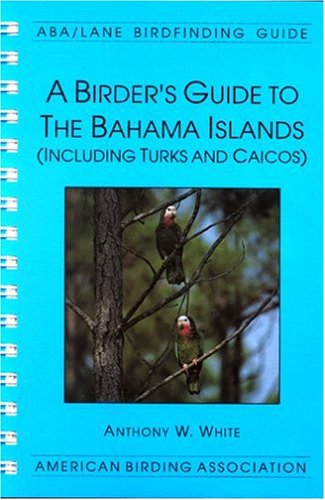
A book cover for A Birder's Guide to the Bahama Islands; Anthony W. White; Travel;